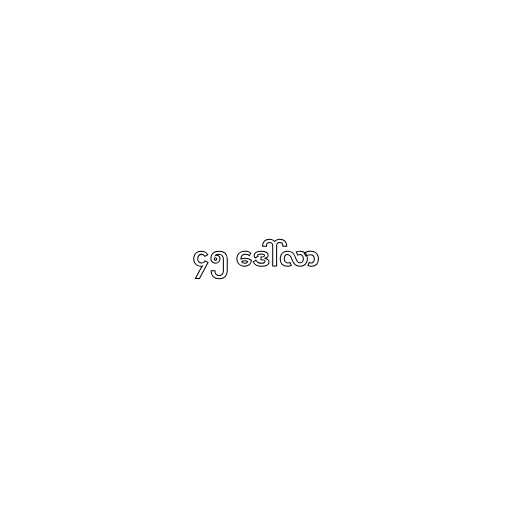
၄၅ ဒေါ်လာ